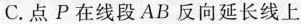
C.点P在线段AB反向延长线上